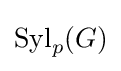
{\text{Syl}}_{p}(G)